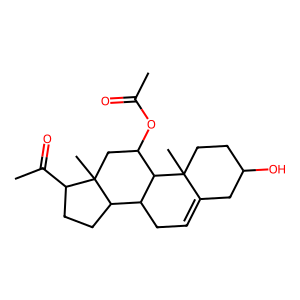
SMILES: CC(=O)OC1CC2(C)C(C(C)=O)CCC2C2CC=C3CC(O)CCC3(C)C12
Inhibits HIV replication: No